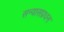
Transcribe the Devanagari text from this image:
सन्यासप्रधन